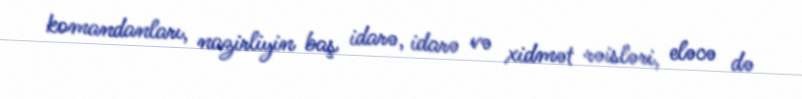
komandanları, nazirliyin baş idarə, idarə və xidmət rəisləri, eləcə də